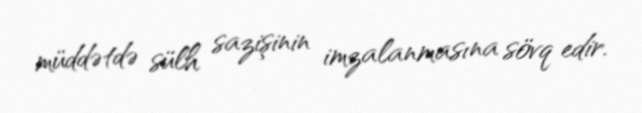
müddətdə sülh sazişinin imzalanmasına sövq edir.